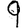
Digit: 9